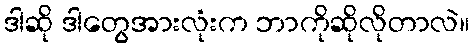
ဒါဆို ဒါတွေအားလုံးက ဘာကိုဆိုလိုတာလဲ။